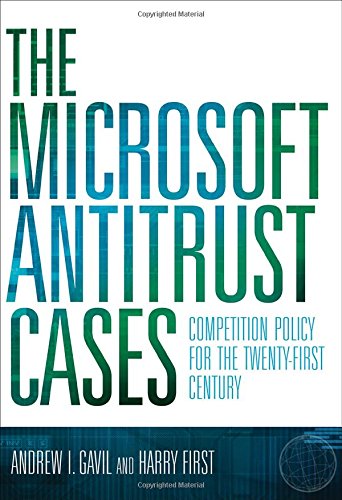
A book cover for The Microsoft Antitrust Cases: Competition Policy for the Twenty-first Century; Andrew I. Gavil; Law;